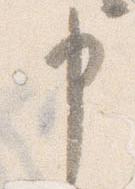
申